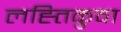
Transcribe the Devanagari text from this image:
लह्तिकुवा